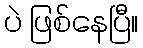
ပဲ ဖြစ်နေပြီ။